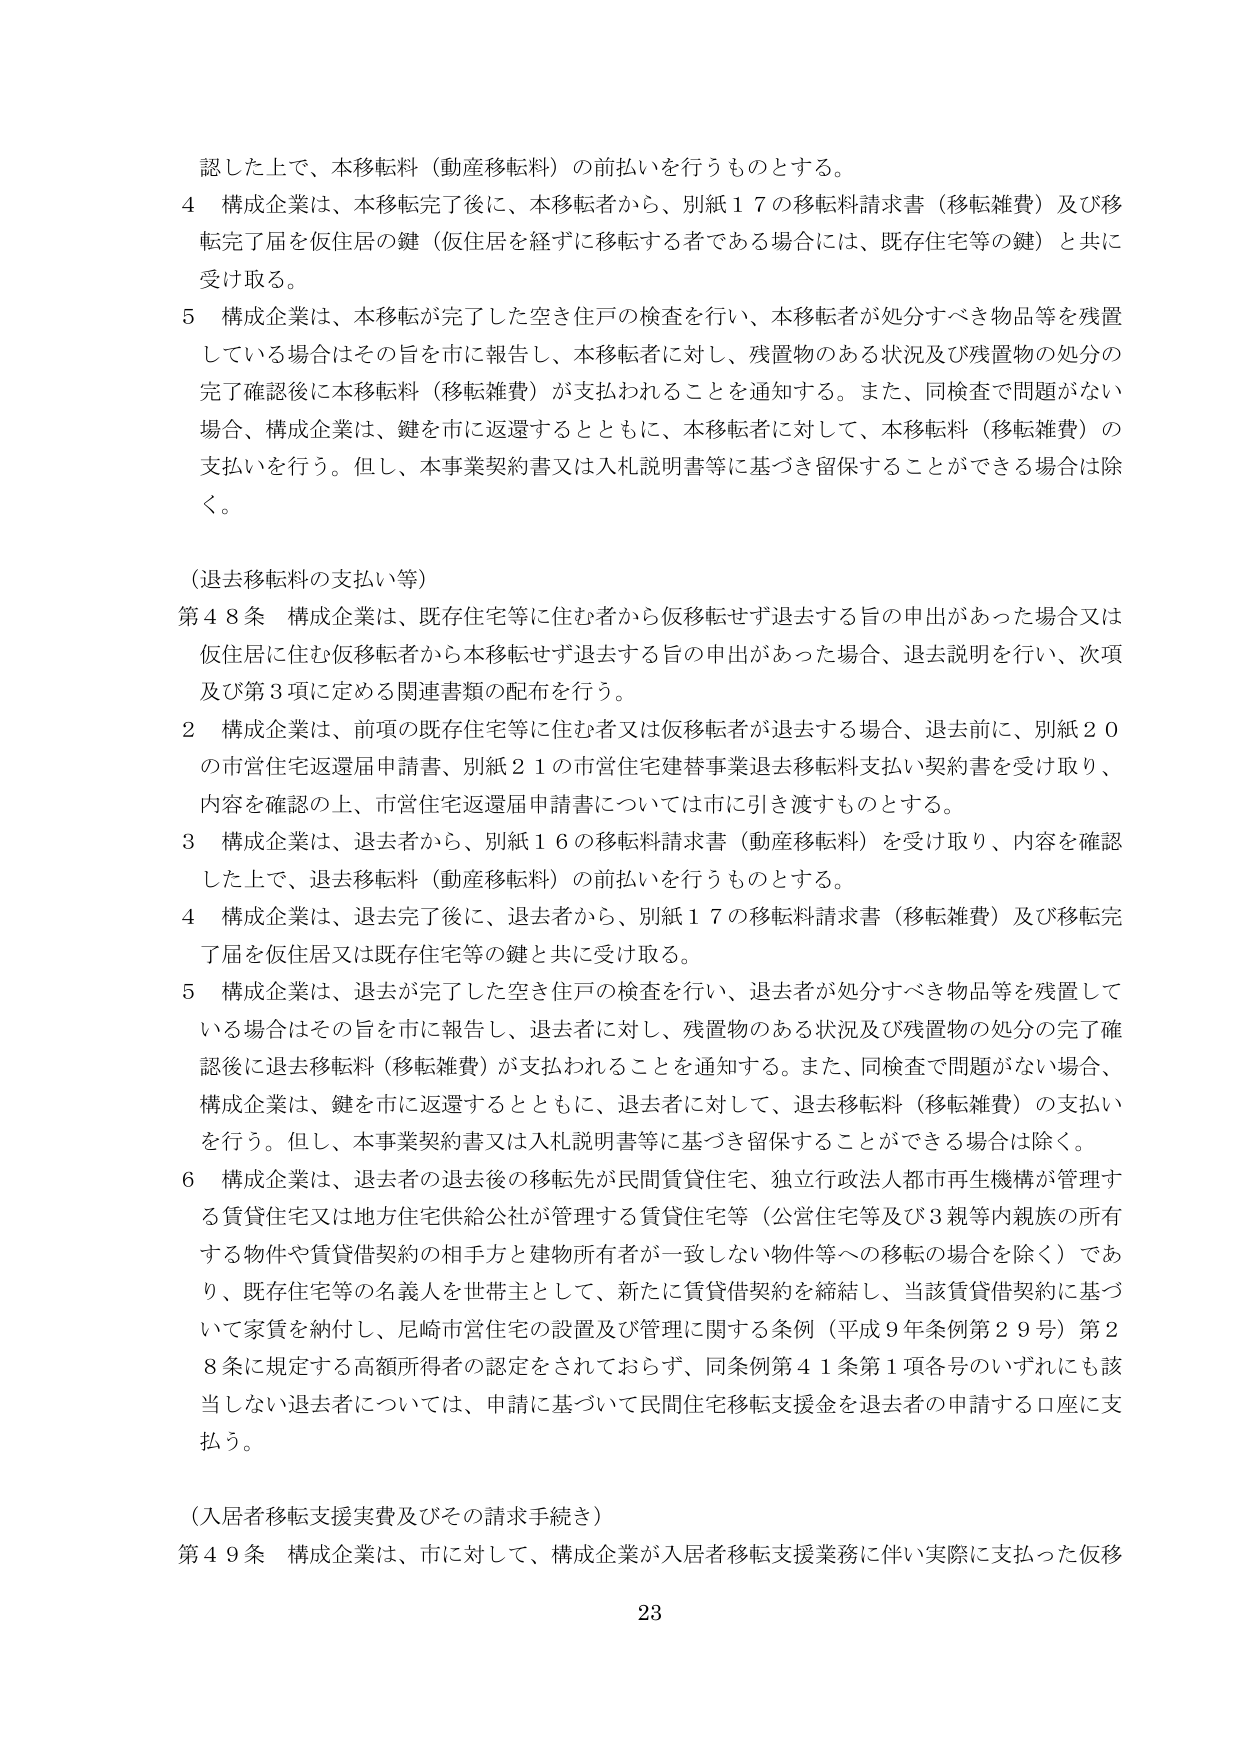
認した上で、本移転料（動産移転料）の前払いを行うものとする。

4 構成企業は、本移転完了後に、本移転者から、別紙１７の移転料請求書（移転雑費）及び移転完了届を仮住居の鍵（仮住居を経ずに移転する者である場合には、既存住宅等の鍵）と共に受け取る。

5 構成企業は、本移転が完了した空き住戸の検査を行い、本移転者が処分すべき物品等を残置している場合はその旨を市に報告し、本移転者に対し、残置物のある状況及び残置物の処分の完了確認後に本移転料（移転雑費）が支払われることを通知する。また、同検査で問題がない場合、構成企業は、鍵を市に返還するとともに、本移転者に対して、本移転料（移転雑費）の支払いを行う。但し、本事業契約書又は入札説明書等に基づき留保することができる場合は除く。

（退去移転料の支払い等）

第４８条 構成企業は、既存住宅等に住む者から仮移転せず退去する旨の申出があった場合又は仮住居に住む仮移転者から本移転せず退去する旨の申出があった場合、退去説明を行い、次項及び第３項に定める関連書類の配布を行う。

2 構成企業は、前項の既存住宅等に住む者又は仮移転者が退去する場合、退去前に、別紙２０の市営住宅返還届申請書、別紙２１の市営住宅建替事業退去移転料支払い契約書を受け取り、内容を確認の上、市営住宅返還届申請書については市に引き渡すものとする。

3 構成企業は、退去者から、別紙１６の移転料請求書（動産移転料）を受け取り、内容を確認した上で、退去移転料（動産移転料）の前払いを行うものとする。

4 構成企業は、退去完了後に、退去者から、別紙１７の移転料請求書（移転雑費）及び移転完了届を仮住居又は既存住宅等の鍵と共に受け取る。

5 構成企業は、退去が完了した空き住戸の検査を行い、退去者が処分すべき物品等を残置している場合はその旨を市に報告し、退去者に対し、残置物のある状況及び残置物の処分の完了確認後に退去移転料（移転雑費）が支払われることを通知する。また、同検査で問題がない場合、構成企業は、鍵を市に返還するとともに、退去者に対して、退去移転料（移転雑費）の支払いを行う。但し、本事業契約書又は入札説明書等に基づき留保することができる場合は除く。

6 構成企業は、退去者の退去後の移転先が民間賃貸住宅、独立行政法人都市再生機構が管理する賃貸住宅又は地方住宅供給公社が管理する賃貸住宅等（公営住宅等及び３親等内親族の所有する物件や賃貸借契約の相手方と建物所有者が一致しない物件等への移転の場合を除く）であり、既存住宅等の名義人を世帯主として、新たに賃貸借契約を締結し、当該賃貸借契約に基づいて家賃を納付し、尼崎市営住宅の設置及び管理に関する条例（平成９年条例第２９号）第２８条に規定する高額所得者の認定をされておらず、同条例第４１条第１項各号のいずれにも該当しない退去者については、申請に基づいて民間住宅移転支援金を退去者の申請する口座に支払う。

（入居者移転支援実費及びその請求手続き）

第４９条 構成企業は、市に対して、構成企業が入居者移転支援業務に伴い実際に支払った仮移

23